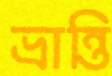
ভ্রান্তি